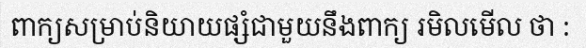
ពាក្យសម្រាប់និយាយផ្សំជាមួយនឹងពាក្យ រមិលមើល ថា :